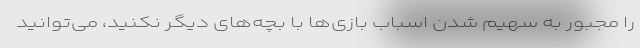
را مجبور به سهیم شدن اسباب بازی‌ها با بچه‌های دیگر نکنید، می‌توانید